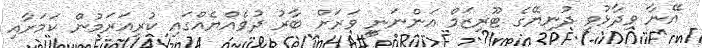
އޭނާ ވިދާޅުވީ ދުނިޔޭގެ ޓޫރިޒަމް އަންނަނީ ވަރަށް ބާރު ދުވެއްޔެއްގައި ކުރިއަރަމުން ކަމަށާއި